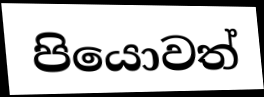
පියොවත්